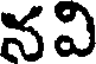
నవి